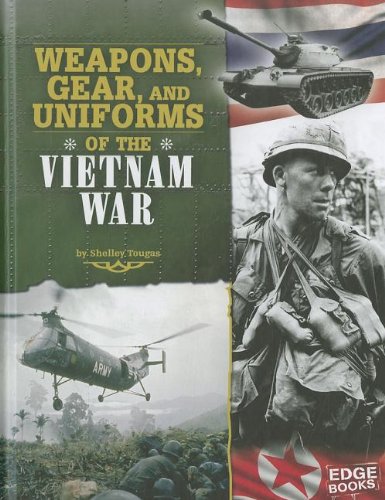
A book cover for Weapons, Gear, and Uniforms of the Vietnam War (Equipped for Battle); Shelley Tougas; Children's Books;